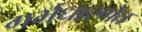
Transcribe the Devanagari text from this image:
गर्भधारणेत